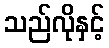
သည်လိုနှင့်